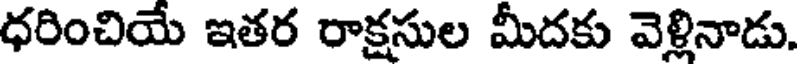
ధరించియే ఇతర రాక్షసుల మీదకు వెళ్లినాడు.